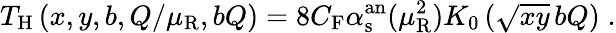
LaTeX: T_{\mathrm{H}}\left(x,y,b,Q/\mu_{\mathrm{R}},bQ\right)=8C_{\mathrm{F}}\alpha_{\mathrm{s}}^{\mathrm{an}}(\mu_{\mathrm{R}}^{2})K_{0}\left(\sqrt{xy}\, bQ\right)\; .